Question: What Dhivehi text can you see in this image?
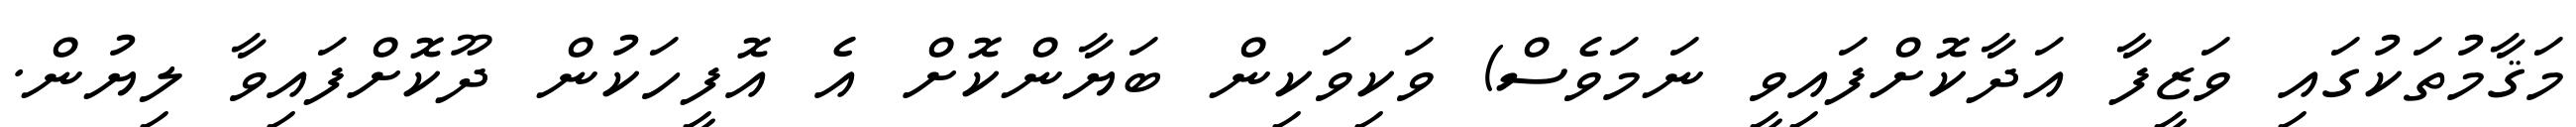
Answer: މަޤާމުތަކުގައި ވަޒީފާ އަދާކޮށްފައިވީ ނަމަވެސް) ވަކިވަކިން ބަޔާންކޮށް އެ އޮފީހަކުން ދޫކޮށްފައިވާ ލިޔުން.